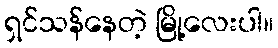
ရှင်သန်နေတဲ့ မြို့လေးပါ။